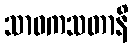
သာဝကသတာနိ